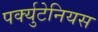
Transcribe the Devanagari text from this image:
पर्क्युटेनियस